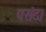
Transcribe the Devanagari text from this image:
पसंद।